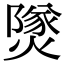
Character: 𤎩